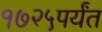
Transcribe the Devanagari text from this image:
१७२५पर्यंत